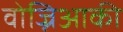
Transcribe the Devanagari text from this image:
वोज्निआकी